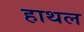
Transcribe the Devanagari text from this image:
हाथल